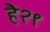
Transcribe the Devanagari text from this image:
है२९